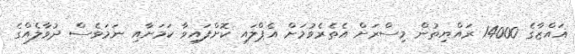
ޣައްޒާގެ 14000 ރައްޔިތުން މިސްރަށް އެތެރެވުމަށް އެޕްލައި ކޮށްފައިވާ ކަމަށާއި ނަމަވެސް ދުވާލެއްގެ